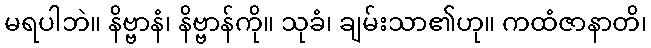
မရပါဘဲ။ နိဗ္ဗာနံ၊ နိဗ္ဗာန်ကို။ သုခံ၊ ချမ်းသာ၏ဟု။ ကထံဇာနာတိ၊